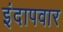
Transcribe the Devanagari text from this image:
इंदापवार